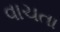
વાચતા